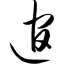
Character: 逭